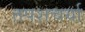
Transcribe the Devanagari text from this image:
तपशचर्या